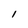
Character: 1